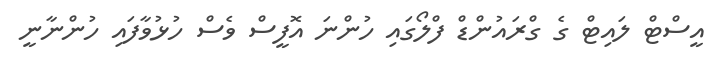
އީސްޓް ލައިޓް ގެ ގްރައުންޑް ފްލޯގައި ހުންނަ އޮފީސް ވެސް ހުޅުވާފައި ހުންނާނީ